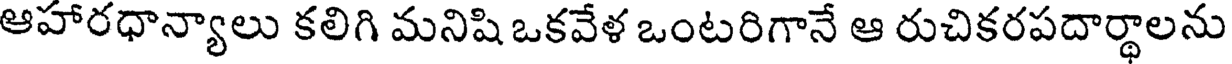
ఆహారధాన్యాలు కలిగి మనిషి ఒకవేళ ఒంటరిగానే ఆ రుచికరపదార్థాలను